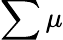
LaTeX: \sum\mu